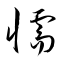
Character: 懦